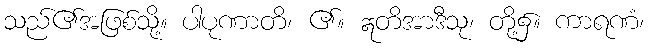
သည်၏အဖြစ်သို့။ ပါပုဏာတိ၊ ၏။ ဣတိအာဒီသု၊ တို့၌။ ကာရဏံ၊